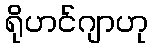
ရိုဟင်ဂျာဟု